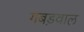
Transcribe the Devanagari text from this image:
गबड़वाल